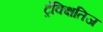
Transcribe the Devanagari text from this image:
ट्रेक्क्षितिज